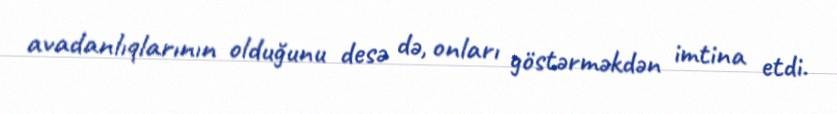
avadanlıqlarının olduğunu desə də, onları göstərməkdən imtina etdi.